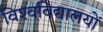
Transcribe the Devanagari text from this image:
विश्‍वविद्यालयों